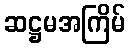
ဆဋ္ဌမအကြိမ်